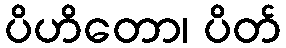
ပိဟိတော၊ ပိတ်